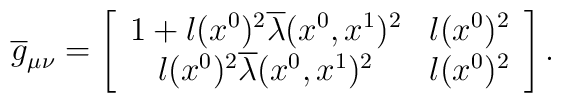
\overline{g}_{\mu\nu} =\left[ \begin{array}{cc} 1 + l(x^{0})^{2}\overline{\lambda}(x^{0},x^{1})^{2} & l(x^{0})^{2}\\ l(x^{0})^{2}\overline{\lambda}(x^{0},x^{1})^{2}  &  l(x^{0})^{2} \end{array} \right].